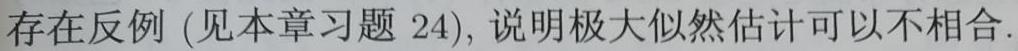
存在反例 (见本章习题 24), 说明极大似然估计可以不相合.